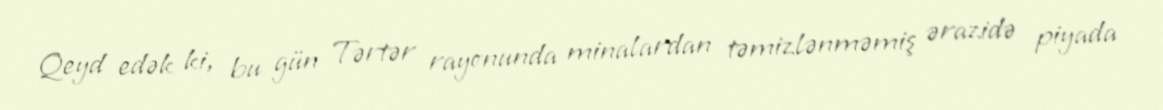
Qeyd edək ki, bu gün Tərtər rayonunda minalardan təmizlənməmiş ərazidə piyada